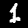
Digit: 1